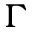
\Gamma